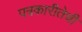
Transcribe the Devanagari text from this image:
पत्रकारीतेची